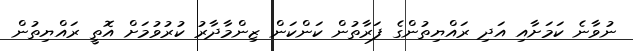
ނުވާނެ ކަމަށާއި އަދި ރައްޔިތުންގެ ފަރާތުން ކަންކަން ޒިންމާދާރު ކުރުވުމަށް އޮތީ ރައްޔިތުން